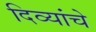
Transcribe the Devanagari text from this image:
दिव्यांचे